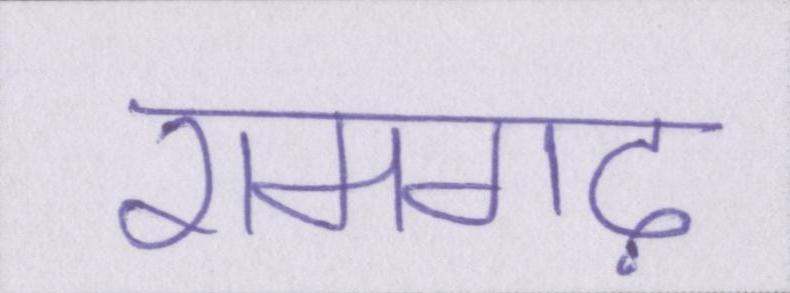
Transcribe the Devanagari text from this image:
रामगढ़